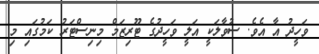
ވަހީދު އާ އެވެ. ސުވާލަކީ އަލީ ވަހީދުގެ ޓޫރިޒަމް މިނިސްޓަރު ކަމުގައި މި